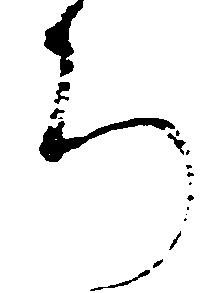
ろ